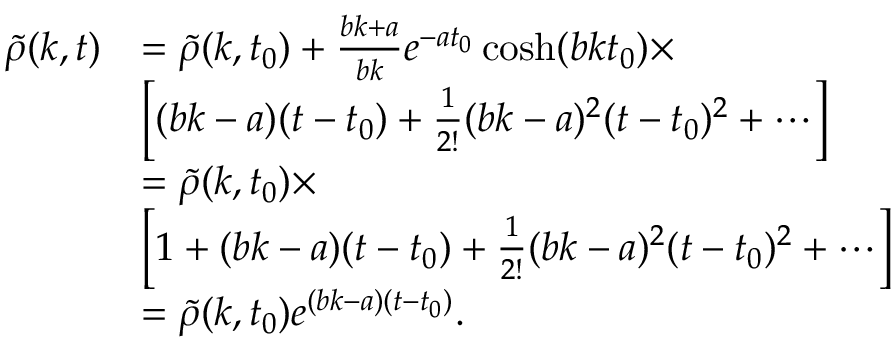
\begin{array} { r l } { \tilde { \rho } ( k , t ) } & { = \tilde { \rho } ( k , t _ { 0 } ) + \frac { b k + a } { b k } e ^ { - a t _ { 0 } } \cosh ( b k t _ { 0 } ) \times } \\ & { \left[ ( b k - a ) ( t - t _ { 0 } ) + \frac { 1 } { 2 ! } ( b k - a ) ^ { 2 } ( t - t _ { 0 } ) ^ { 2 } + \cdots \right] } \\ & { = \tilde { \rho } ( k , t _ { 0 } ) \times } \\ & { \left[ 1 + ( b k - a ) ( t - t _ { 0 } ) + \frac { 1 } { 2 ! } ( b k - a ) ^ { 2 } ( t - t _ { 0 } ) ^ { 2 } + \cdots \right] } \\ & { = \tilde { \rho } ( k , t _ { 0 } ) e ^ { ( b k - a ) ( t - t _ { 0 } ) } . } \end{array}